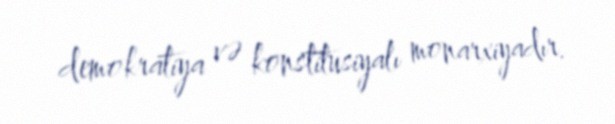
demokratiya və konstitusiyalı monarxiyadır.